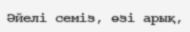
Әйелі семіз, өзі арық,